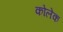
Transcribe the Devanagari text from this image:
कोलेक